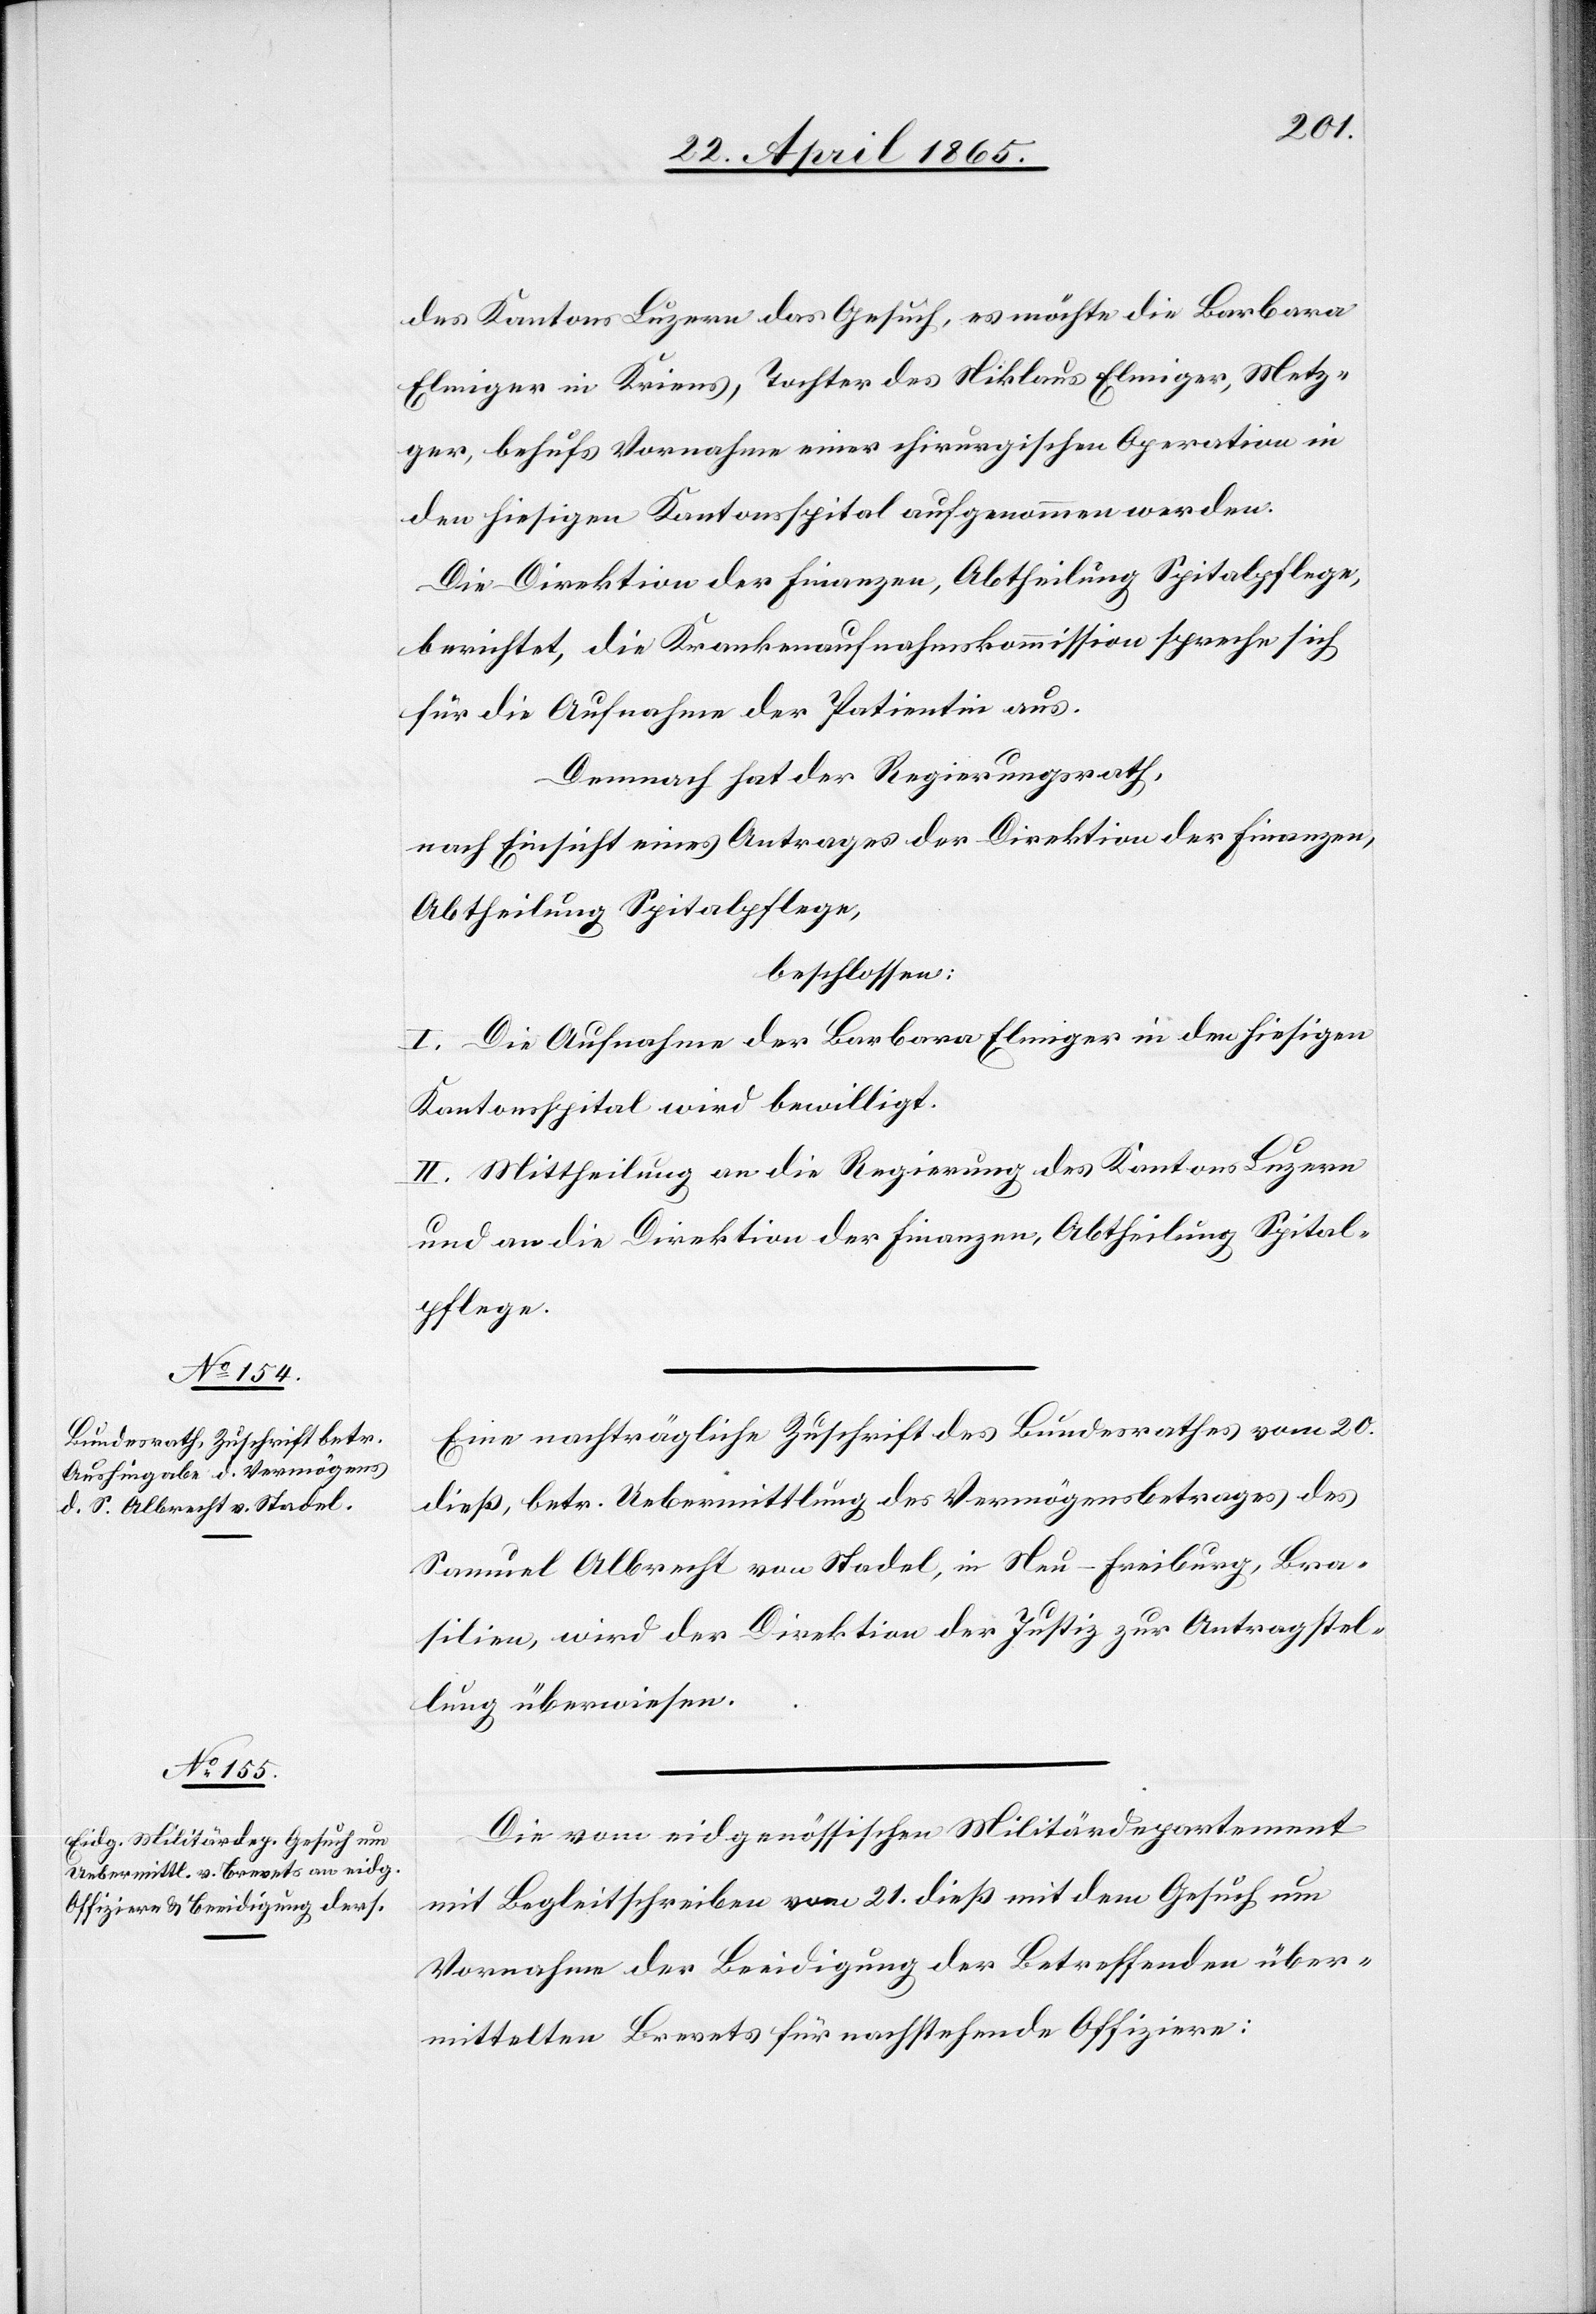
22. April 1865.]
des Kantons Luzern das Gesuch, es möchte die Barbara
Elmiger in Kriens, Tochter des Niklaus Elmiger, Metz¬
ger, behufs Vornahme einer chirurgischen Operation in
den hiesigen Kantonsspital aufgenommen werden.
Die Direktion der Finanzen, Abtheilung Spitalpflege,
berichtet, die Krankenaufnahmskommission spreche sich
für die Aufnahme der Patientin aus.
Demnach hat der Regierungsrath,
nach Einsicht eines Antrages der Direktion der Finanzen,
Abtheilung Spitalpflege,
beschlossen:
I. Die Aufnahme der Barbara Elmiger in den hiesigen
Kantonsspital wird bewilligt.
II. Mittheilung an die Regierung des Kantons Luzern
und an die Direktion der Finanzen, Abtheilung Spital¬
pflege.
Eine nachträgliche Zuschrift des Bundesrathes vom 20.
dieß, betr. Uebermittlung des Vermögensbetrages des
Samuel Albrecht von Stadel, in Neu-Freiburg, Bra¬
silien, wird der Direktion der Justiz zur Antragstel¬
lung überwiesen.
Die vom eidgenössischen Militärdepartement
mit Begleitschreiben vom 21. dieß mit dem Gesuch um
Vornahme der Beeidigung der Betreffenden über¬
mittelten Brevets für nachstehende Offiziere: